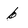
Character: b